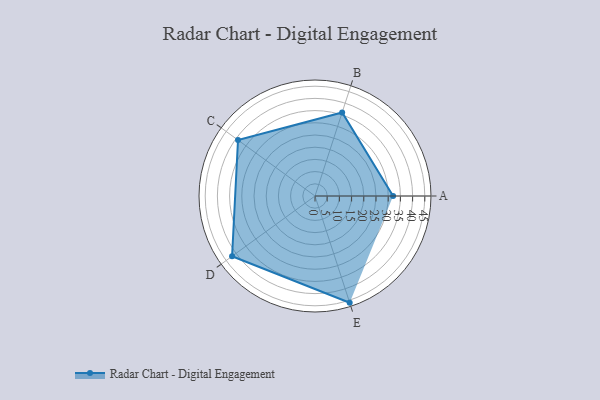
{"axis": {"x": "Skill", "y": "Score"}, "legend": ["Profile"], "data": [{"x": "A", "y": 32.0, "type": "Profile"}, {"x": "B", "y": 36.0, "type": "Profile"}, {"x": "C", "y": 39.0, "type": "Profile"}, {"x": "D", "y": 42.0, "type": "Profile"}, {"x": "E", "y": 46.0, "type": "Profile"}]}